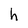
Character: h